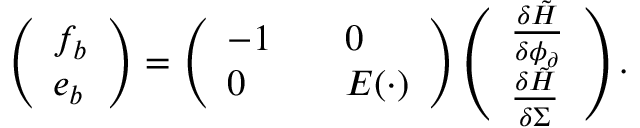
\begin{array} { r l } & { \left( \begin{array} { l } { f _ { b } } \\ { e _ { b } } \end{array} \right) = \left( \begin{array} { l l } { - 1 \quad } & { 0 } \\ { 0 \quad } & { E ( \cdot ) } \end{array} \right) \left( \begin{array} { l } { \frac { \delta \tilde { H } } { \delta \phi _ { \partial } } } \\ { \frac { \delta \tilde { H } } { \delta \Sigma } } \end{array} \right) . } \end{array}